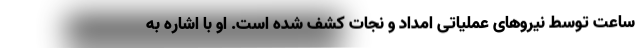
ساعت توسط نیرو‌های عملیاتی امداد و نجات کشف شده است. او با اشاره به